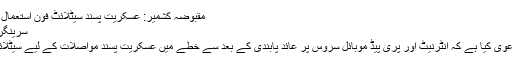
مقبوضہ کشمیر: عسکریت پسند سیٹلائٹ فون استعمال کر رہے ہیں | Teleco Alert
سرینگر ،29نومبر (ساؤتھ ایشین وائر):
جموں و کشمیر کی پولیس نے دعوی کیا ہے کہ انٹرنیٹ اور پری پیڈ موبائل سروس پر عائد پابندی کے بعد سے خطے میں عسکریت پسند مواصلات کے لیے سیٹلائٹ فون کا استعمال کر رہے ہیں۔